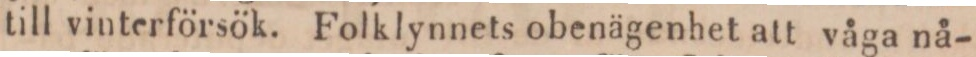
till vinterförsök. Folklynnets obenägenhet att våga nå-